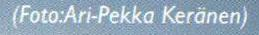
(Foto:Ari-Pekka Keränen